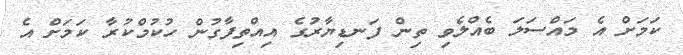
ކަމަށް އެ މައްސަލަ ބެއްލެވި ތިން ފަނޑިޔާރުގެ އިއްތިފާގުން ހުކުމްކުރާ ކަމަށް އެ